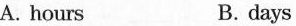
A. hours B. days